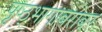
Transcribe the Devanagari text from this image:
पृष्ठ्भागाबरोबर